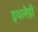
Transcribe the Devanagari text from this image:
इथलेही